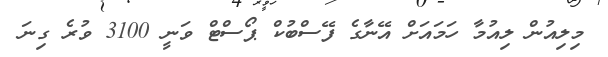
މިލިއުން ލިއުމާ ހަމައަށް އޭނާގެ ފޭސްބުކް ޕޯސްޓް ވަނީ 3100 ވުރެ ގިނަ